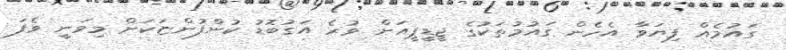
ގައުމެއް ފިޔަވާ އެހެން ގައުމުތަކުގެ ޖީޑީޕީއަށް ވުރެ އަގުބޮޑު ކުންފުންޏަކަށް މިވަނީ ވެފަ